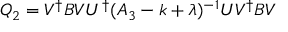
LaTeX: Q _ { 2 } = V ^ { \dagger } B V U ^ { \dagger } ( A _ { 3 } - k + \lambda ) ^ { - 1 } U V ^ { \dagger } B V